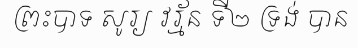
ព្រះបាទ សូរ្យ វរ្ម័ន ទី២ ទ្រង់ បាន